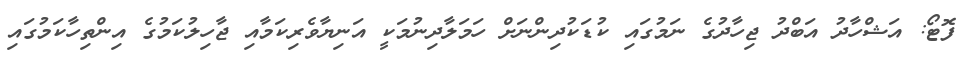
ފޮޓޯ: އަޝްހާދު އަބްދު ޖިހާދުގެ ނަމުގައި ކުޑަކުދިންނަށް ހަމަލާދިނުމަކީ އަނިޔާވެރިކަމާއި ޖާހިލުކަމުގެ އިންތިހާކަމުގައި